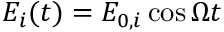
E _ { i } ( t ) = E _ { 0 , i } \cos { \Omega t }